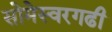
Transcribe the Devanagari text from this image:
सोमेस्वरगढी